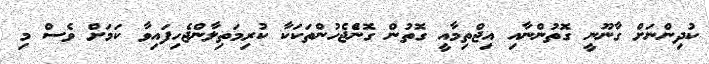
ކުދިންނަށް ގާނޫނީ ގޮތުންނާއި އިޖްތިމާއީ ގޮތުން ގޮންެޖެހުންތަކަކާ ކުރިމަތިލާންޖެހިފައިވާ ކަމަށް ވެސް މި